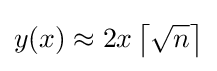
y(x)\approx 2x\left\lceil {\sqrt {n}}\right\rceil